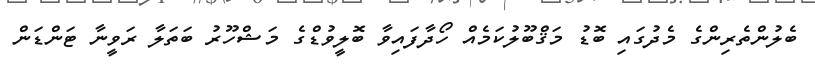
ބެލުންތެރިންގެ މެދުގައި ބޮޑު މަޤްބޫލުކަމެއް ހޯދާފައިވާ ބޮލީވުޑްގެ މަޝްހޫރު ބަތަލާ ރަވީނާ ޓަންޑަން